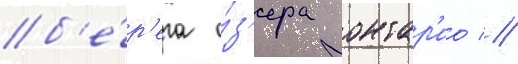
б'е́р'ега о́з'ера онтар'ио //